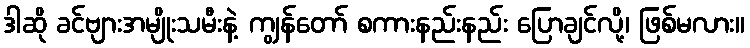
ဒါဆို ခင်ဗျားအမျိုးသမီးနဲ့ ကျွန်တော် စကားနည်းနည်း ပြောချင်လို့၊ ဖြစ်မလား။